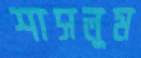
শাসলুম